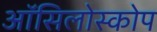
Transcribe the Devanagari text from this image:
ऑसिलोस्कोप